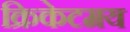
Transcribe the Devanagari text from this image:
क्रिकेटमय